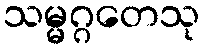
သမ္မဂ္ဂတေသု